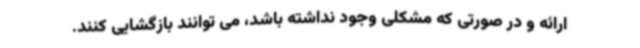
ارائه و در صورتی که مشکلی وجود نداشته باشد، می توانند بازگشایی کنند.